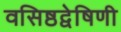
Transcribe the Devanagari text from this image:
वसिष्ठद्वेषिणी